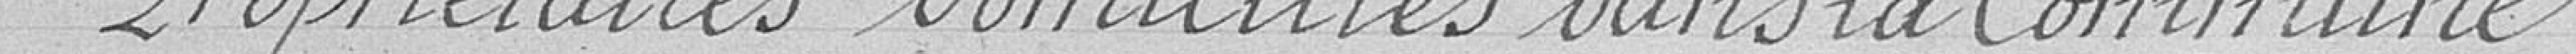
Propriétaires domiciliés dans la Commune